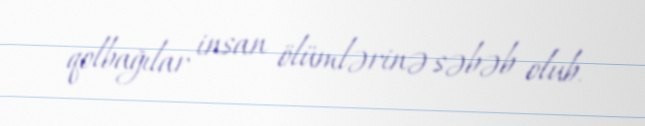
qolbağılar insan ölümlərinə səbəb olub.